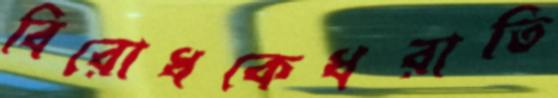
বিরোধকেধরাতি